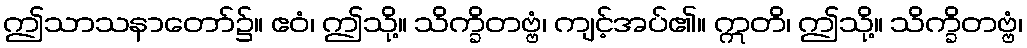
ဤသာသနာတော်၌။ ဧဝံ၊ ဤသို့။ သိက္ခိတဗ္ဗံ၊ ကျင့်အပ်၏။ ဣတိ၊ ဤသို့။ သိက္ခိတဗ္ဗံ၊